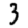
Digit: 3